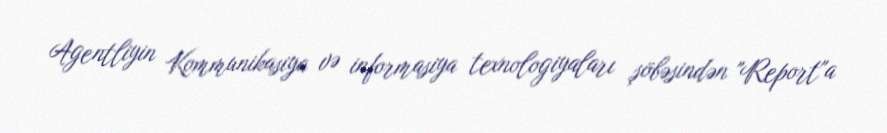
Agentliyin Kommunikasiya və informasiya texnologiyaları şöbəsindən "Report"a